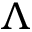
\Lambda